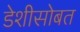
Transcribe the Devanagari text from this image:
डेशीसोबत